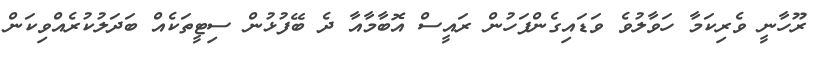
ރޫހާނީ ވެރިކަމާ ހަވާލުވެ ވަޑައިގެންފަހުން ރައީސް އޮބާމާއާ ދެ ބޭފުޅުން ސިޓީތަކެއް ބަދަލުކުރެއްވިކަން